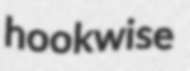
hookwise